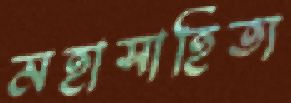
মহাসাহিত্য